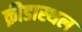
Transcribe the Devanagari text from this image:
क्रीडास्थल